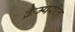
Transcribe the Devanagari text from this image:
क्रैम्परोल